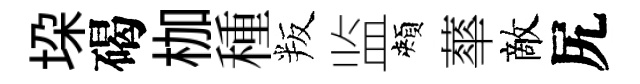
垜碣枷種叛监頰蕐敵尻